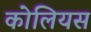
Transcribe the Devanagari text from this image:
कोलियस